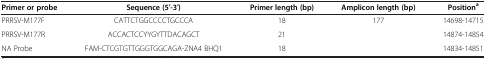
<table><thead><tr><td><b>Primer or probe</b></td><td><b>Sequence (5′-3′)</b></td><td><b>Primer length (bp)</b></td><td><b>Amplicon length (bp)</b></td><td><b>Position<sup>a</sup></b></td></tr></thead><tbody><tr><td>PRRSV-M177F</td><td>CATTCTGGCCCCTGCCCA</td><td>18</td><td rowspan="2">177</td><td>14698-14715</td></tr><tr><td>PRRSV-M177R</td><td>ACCACTCCYYGYTTDACAGCT</td><td>21</td><td>14874-14854</td></tr><tr><td>NA Probe</td><td>FAM-CTCGTGTTGGGTGGCAGA-ZNA4 BHQ1</td><td>18</td><td> </td><td>14834-14851</td></tr></tbody></table>